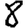
Digit: 8